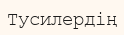
Тусилердің